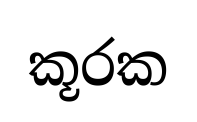
කූරක